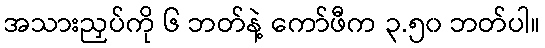
အသားညှပ်ကို ၆ ဘတ်နဲ့ ကော်ဖီက ၃.၅၀ ဘတ်ပါ။